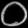
Digit: ၀